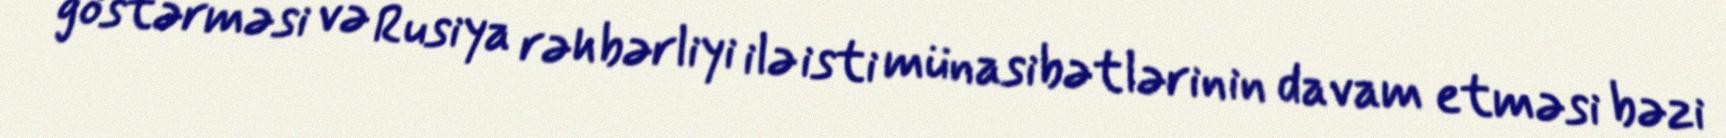
göstərməsi və Rusiya rəhbərliyi ilə isti münasibətlərinin davam etməsi bəzi